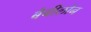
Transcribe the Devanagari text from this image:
बैबीलोन